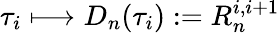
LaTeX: \tau_{i}\longmapsto D_{n}(\tau_{i}):=R_{n}^{i,i+1}